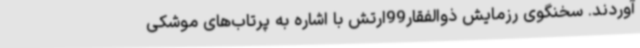
‌آوردند. سخنگوی رزمایش ذوالفقار99ارتش با اشاره به پرتاب‌های موشکی